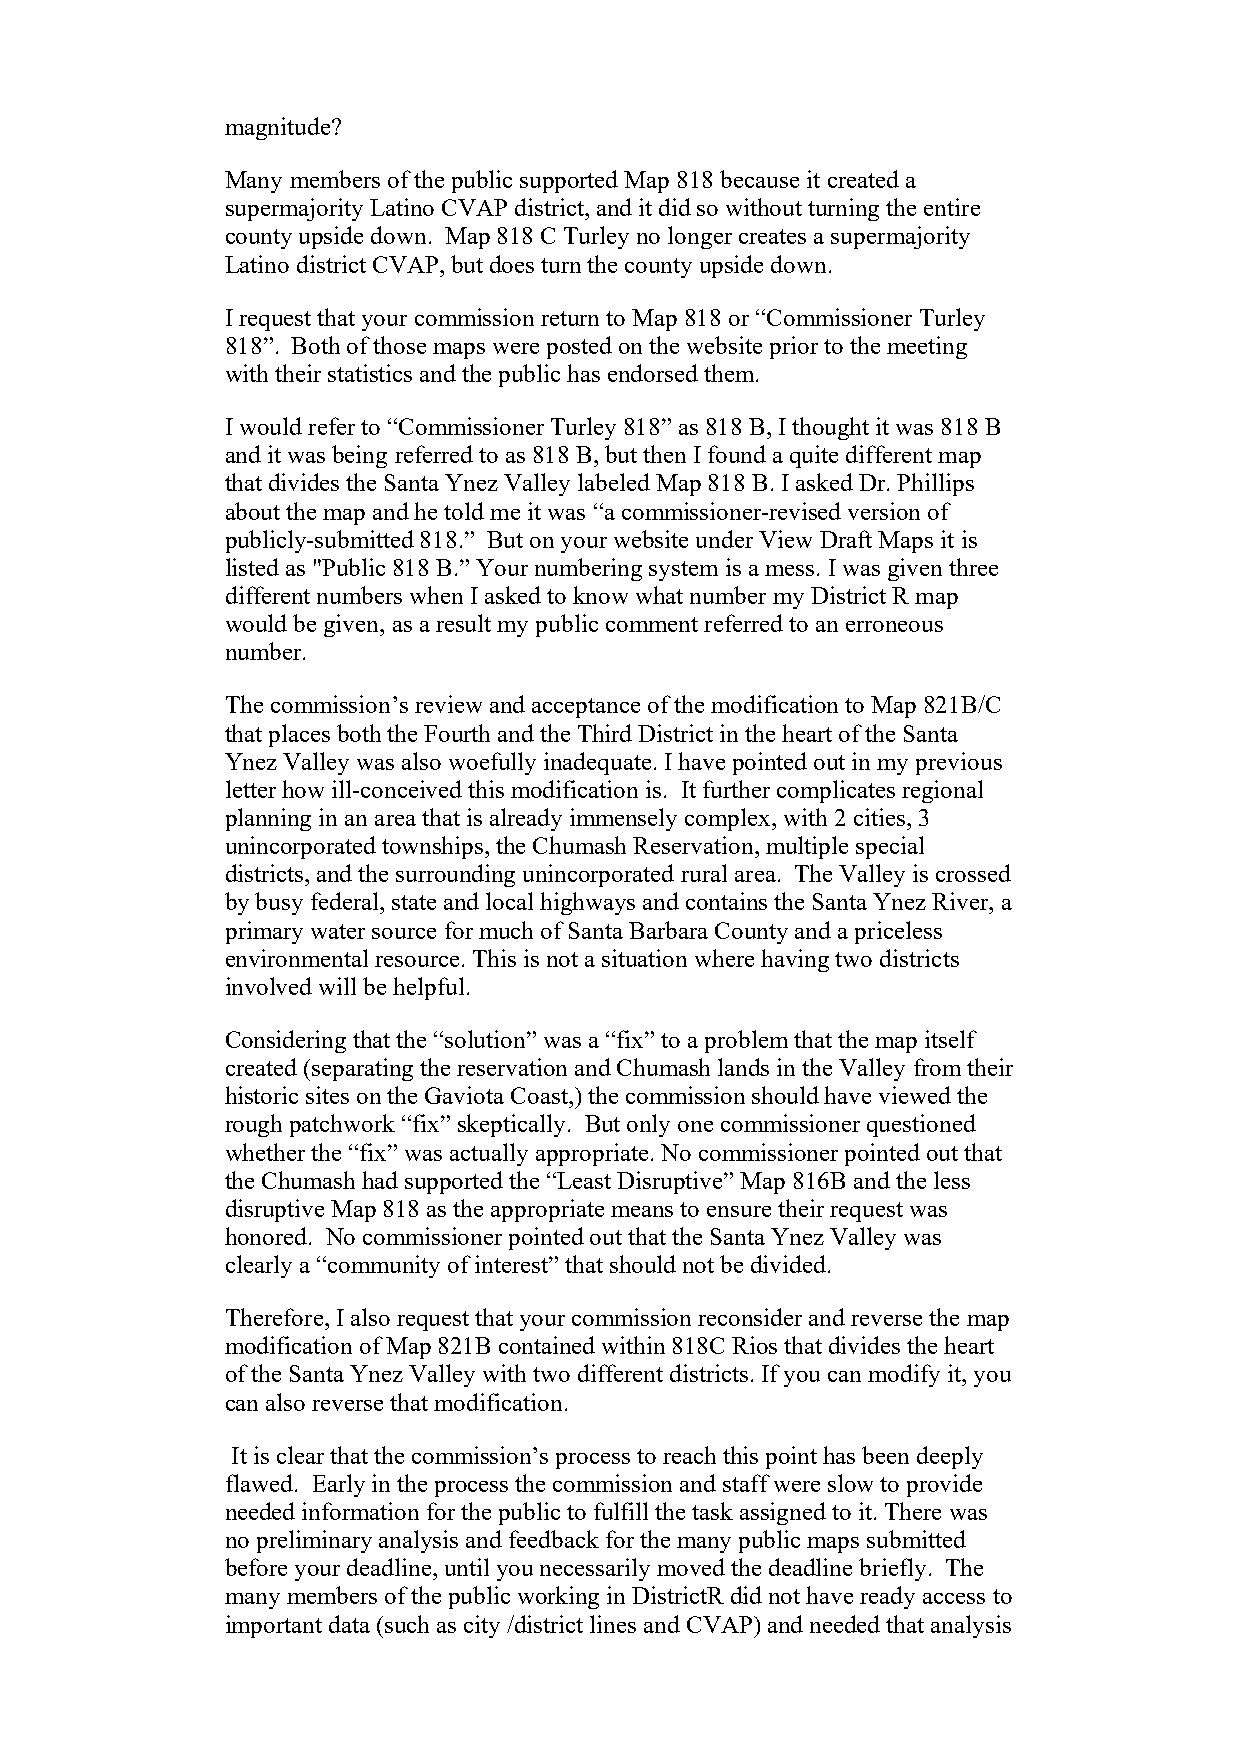
magnitude?
 Many members of the public supported Map 818 because it created a
 supermajority Latino CVAP district, and it did so without turning the entire
 county upside down. Map 818 C Turley no longer creates a supermajority
 Latino district CVAP, but does turn the county upside down.
 I request that your commission return to Map 818 or “Commissioner Turley
 818”. Both of those maps were posted on the website prior to the meeting
 with their statistics and the public has endorsed them.
 I would refer to “Commissioner Turley 818” as 818 B, I thought it was 818 B
 and it was being referred to as 818 B, but then I found a quite different map
 that divides the Santa Ynez Valley labeled Map 818 B. I asked Dr. Phillips
 about the map and he told me it was “a commissioner-revised version of
 publicly-submitted 818.” But on your website under View Draft Maps it is
 listed as "Public 818 B.” Your numbering system is a mess. I was given three
 different numbers when I asked to know what number my District R map
 would be given, as a result my public comment referred to an erroneous
 number.
 The commission’s review and acceptance of the modification to Map 821B/C
 that places both the Fourth and the Third District in the heart of the Santa
 Ynez Valley was also woefully inadequate. I have pointed out in my previous
 letter how ill-conceived this modification is. It further complicates regional
 planning in an area that is already immensely complex, with 2 cities, 3
 unincorporated townships, the Chumash Reservation, multiple special
 districts, and the surrounding unincorporated rural area. The Valley is crossed
 by busy federal, state and local highways and contains the Santa Ynez River, a
 primary water source for much of Santa Barbara County and a priceless
 environmental resource. This is not a situation where having two districts
 involved will be helpful.
 Considering that the “solution” was a “fix” to a problem that the map itself
 created (separating the reservation and Chumash lands in the Valley from their
 historic sites on the Gaviota Coast,) the commission should have viewed the
 rough patchwork “fix” skeptically. But only one commissioner questioned
 whether the “fix” was actually appropriate. No commissioner pointed out that
 the Chumash had supported the “Least Disruptive” Map 816B and the less
 disruptive Map 818 as the appropriate means to ensure their request was
 honored. No commissioner pointed out that the Santa Ynez Valley was
 clearly a “community of interest” that should not be divided.
 Therefore, I also request that your commission reconsider and reverse the map
 modification of Map 821B contained within 818C Rios that divides the heart
 of the Santa Ynez Valley with two different districts. If you can modify it, you
 can also reverse that modification.
 It is clear that the commission’s process to reach this point has been deeply
 flawed. Early in the process the commission and staff were slow to provide
 needed information for the public to fulfill the task assigned to it. There was
 no preliminary analysis and feedback for the many public maps submitted
 before your deadline, until you necessarily moved the deadline briefly. The
 many members of the public working in DistrictR did not have ready access to
 important data (such as city /district lines and CVAP) and needed that analysis